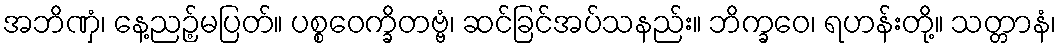
အဘိဏှံ၊ နေ့ညဉ့်မပြတ်။ ပစ္စဝေက္ခိတဗ္ဗံ၊ ဆင်ခြင်အပ်သနည်း။ ဘိက္ခဝေ၊ ရဟန်းတို့။ သတ္တာနံ၊